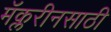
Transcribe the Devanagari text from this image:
मॅक्लरीनसाठी